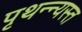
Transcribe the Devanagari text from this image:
पृथन्न्यस्त